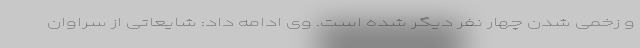
و زخمی شدن چهار نفر دیگر شده است. وی ادامه داد: شایعاتی از سراوان